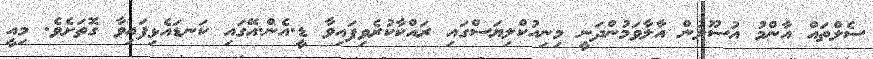
ސެލްތައް އާންމު އުސޫލުން އާލާވަމުންދަނީ މިނިއުކްލިޔަސްގައި ރައްކާކުރެވިފައިވާ ޑީ.އެން.އޭގައި ކަނޑައެޅިފައިވާ ގޮތަށެވެ. މިއީ